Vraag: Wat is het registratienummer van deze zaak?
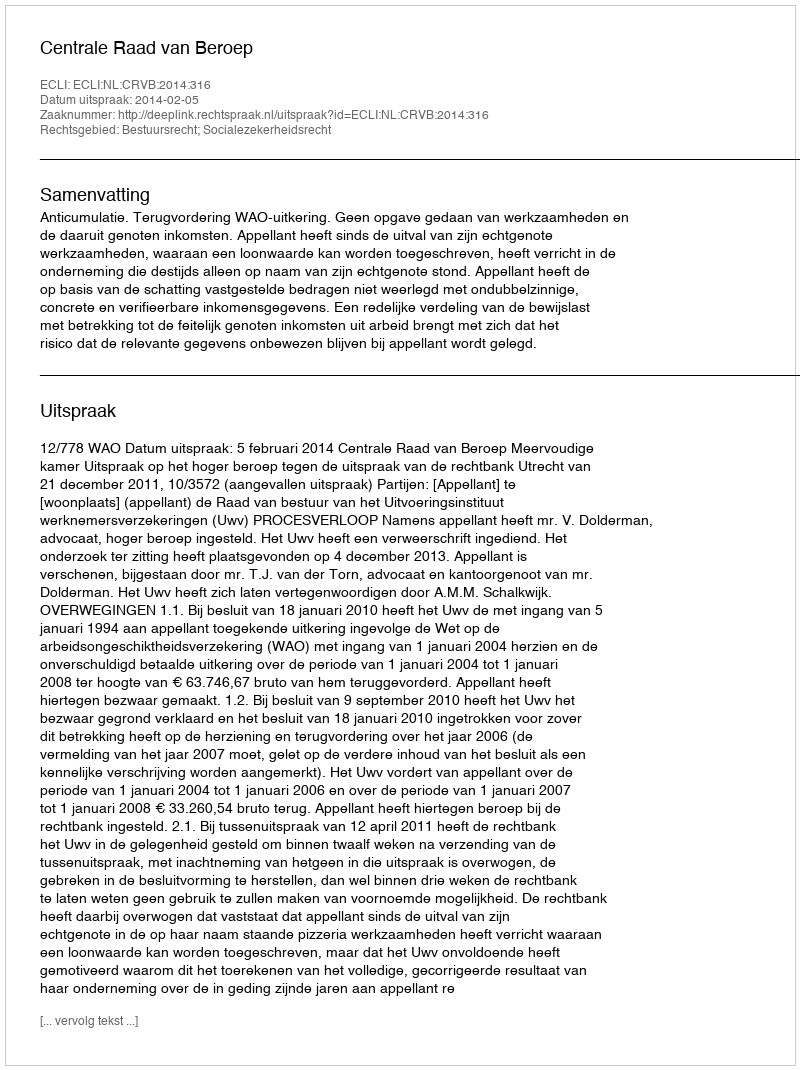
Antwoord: http://deeplink.rechtspraak.nl/uitspraak?id=ECLI:NL:CRVB:2014:316